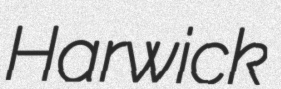
Harwick